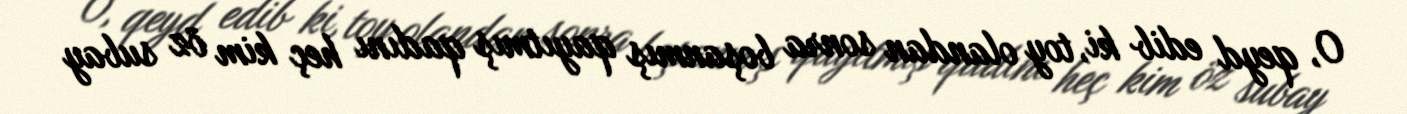
O, qeyd edib ki, toy olandan sonra boşanmış qayıtmış qadını heç kim öz subay